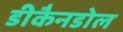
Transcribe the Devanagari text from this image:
डीकैनडोल